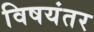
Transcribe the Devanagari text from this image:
विषयंतर